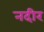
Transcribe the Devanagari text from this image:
नदीर